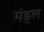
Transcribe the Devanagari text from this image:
मंड्ल